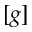
[ g ]